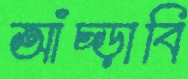
আঁচ্‌ড়াবি